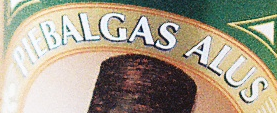
PIEBALGAS ALUS